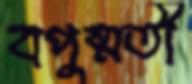
বপুষ্মতী